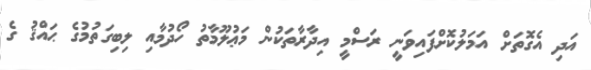
އަދި އެގޮތަށް އަމަލުކޮށްފައިވަނީ ރަސްމީ އިދާރާތަކުން މަޢުލޫމާތު ހޯދުމާއި ލިބިގަތުމުގެ ޙައްޤު ގެ